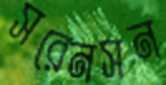
সরেনসন